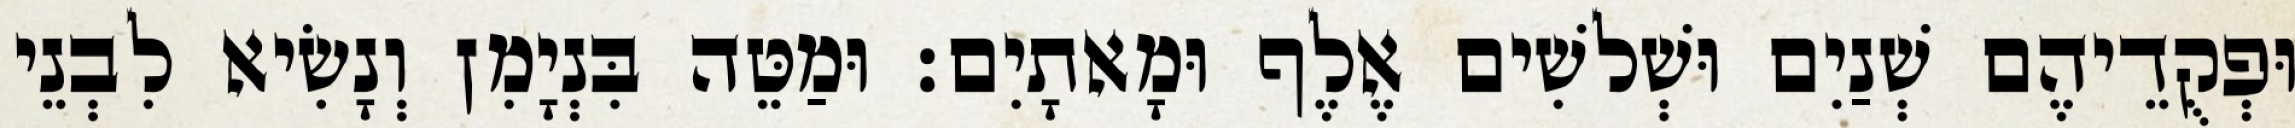
וּפְקֻדֵיהֶם שְׁנַיִם וּשְׁלשִׁים אֶלֶף וּמָאתָיִם׃ וּמַטֵּה בִּנְיָמִן וְנָשִׂיא לִבְנֵי